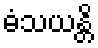
ဓံသယန္တိ